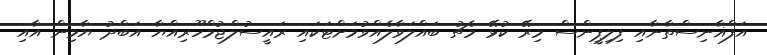
އަފްޣާނިސްތާނާއި ފިލިޕީންސް މިރޭ ކުޅޭ މެޗު ބައްލަވާލެއްވުމަށްޓަކައި ރައީސުލްޖުމްހޫރިއްޔާ އަބްދު ޔާމިން އާއި